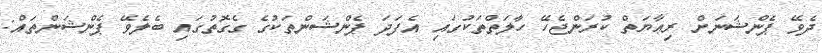
ދެވޭ ޕެންޝަނަށް ރިޢާޔަތް ކުރަންޖެހޭ ހާލަތްތަކުގައި އެފަދަ ޕެންޝަންތަކުގެ ގެގޮތުގައި ބެލެވޭ ޕެންޝަންތައް: